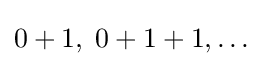
0+1,\;0+1+1,\ldots